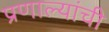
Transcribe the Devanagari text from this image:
प्रणाल्यांची